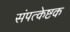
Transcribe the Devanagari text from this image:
संपत्केष्टक